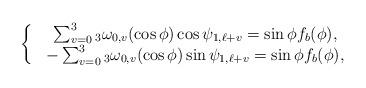
LaTeX: \begin{align*} \left\{\begin{matrix}& \sum_{v=0}^3 {_3}\omega_{0,v}(\cos \phi) \cos \psi_{1,\ell+v} = \sin \phi f_b(\phi),\\ &- \sum_{v=0}^3 {_3}\omega_{0,v}(\cos \phi) \sin \psi_{1,\ell+v} = \sin \phi f_b(\phi),\end{matrix}\right.\end{align*}